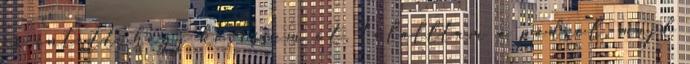
és intett, hogy kövessem őt. Felálltam a padról, majd